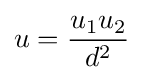
u={\frac {u_{1}u_{2}}{d^{2}}}